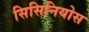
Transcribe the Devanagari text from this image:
सिसिनियोस